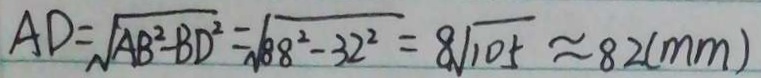
A D = \sqrt { A B ^ { 2 } - B D ^ { 2 } } = \sqrt { 8 8 ^ { 2 } - 3 2 ^ { 2 } } = 8 \sqrt { 1 0 5 } \approx 8 2 ( m m )